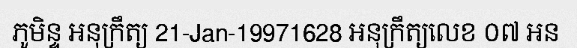
ភូមិន្ទ អនុក្រឹត្យ 21-Jan-19971628 អនុក្រឹត្យលេខ ០៧ អន